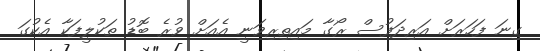
ގިނަ ފަހަރަށް އަރިދަފުސް ރޯގާ މައިތިރިވަނީ އެއަށް ވުރެ ބޮޑު ތަކުލީފަކާ އެކުގަ